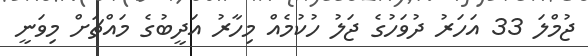
ޖުމްލަ 33 އަހަރު ދުވަހުގެ ޖަލު ހުކުމެއް މިހާރު އަދީބުގެ މައްޗަށް މިވަނީ